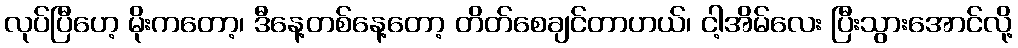
လုပ်ပြီဟေ့ မိုးကတော့၊ ဒီနေ့တစ်နေ့တော့ တိတ်စေချင်တာဟယ်၊ ငါ့အိမ်လေး ပြီးသွားအောင်လို့